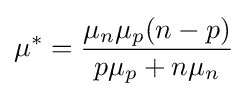
\mu ^{*}={\frac {\mu _{n}\mu _{p}(n-p)}{p\mu _{p}+n\mu _{n}}}